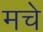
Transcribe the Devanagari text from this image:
मचे